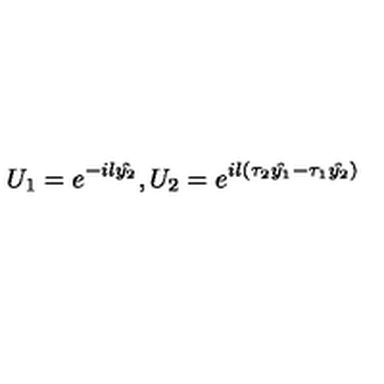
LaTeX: U _ { 1 } = e ^ { - i l \hat { y _ { 2 } } } , U _ { 2 } = e ^ { i l ( \tau _ { 2 } \hat { y _ { 1 } } - \tau _ { 1 } \hat { y _ { 2 } } ) }